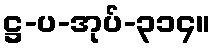
ဋ္ဌ-ပ-အုပ်-၃၁၄။